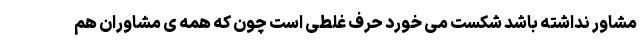
مشاور نداشته باشد شکست می خورد حرف غلطی است چون که همه ی مشاوران هم